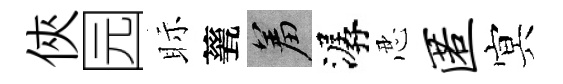
俠园眎甆羞潺忍匿㝠